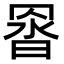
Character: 𮊇